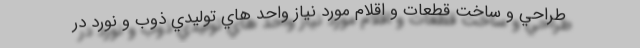
طراحي و ساخت قطعات و اقلام مورد نياز واحد هاي توليدي ذوب و نورد در